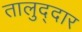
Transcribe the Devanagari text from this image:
तालुद्दार